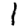
Digit: 1